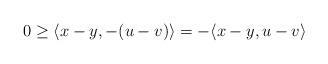
LaTeX: \begin{align*}0\geq\langle x-y,-(u-v)\rangle=-\langle x-y,u-v\rangle\end{align*}